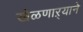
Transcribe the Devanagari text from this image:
खेळणाऱ्याने